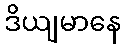
ဒိယျမာနေ